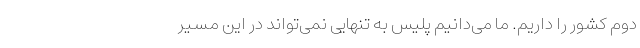
دوم کشور را داریم. ما می‌دانیم پلیس به تنهایی نمی‌تواند در این مسیر